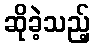
ဆိုခဲ့သည့်